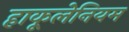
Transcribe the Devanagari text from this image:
हाकूलेनियम